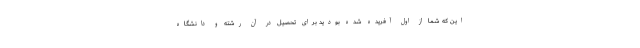
این که شما از اول آفریده شده بودید برای تحصیل در آن رشته و دانشگاه